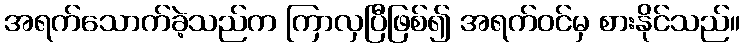
အရက်သောက်ခဲ့သည်က ကြာလှပြီဖြစ်၍ အရက်ဝင်မှ စားနိုင်သည်။